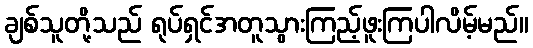
ချစ်သူတို့သည် ရုပ်ရှင်အတူသွားကြည့်ဖူးကြပါလိမ့်မည်။